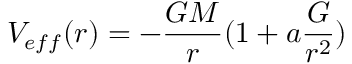
V _ { e f f } ( r ) = - { \frac { G M } { r } } ( 1 + a { \frac { G } { r ^ { 2 } } } )